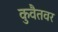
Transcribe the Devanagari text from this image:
कुवैतवर